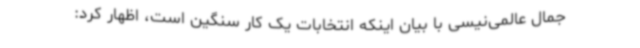
جمال عالمی‌نیسی با بیان اینکه انتخابات یک کار سنگین است، اظهار کرد: